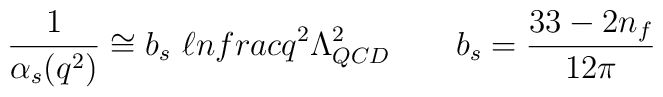
\frac{1}{\alpha_s(q^2)} \cong b_s \ \ell n\\frac{q^2}{\Lambda^2_{QCD}} \qquad b_s = \frac{33-2n_f}{12\pi}